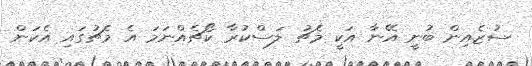
ސުޒެއިން ބުނީ އޭނާ އަކީ މެޗު ލަސްކުރާ ކޯޗެއްނަމަ އެ މެޗުގައި އެކަން